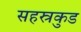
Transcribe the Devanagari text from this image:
सहस्रकुड